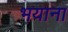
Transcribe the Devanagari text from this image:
भयाना